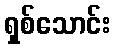
ရှစ်သောင်း